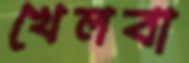
খেলবা